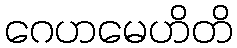
ဂေဟမေဟိတိ